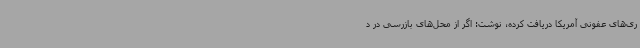
ری‌های عفونی آمریکا دریافت کرده، نوشت: اگر از محل‌های بازرسی در د